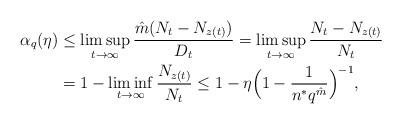
LaTeX: \begin{align*}\alpha_q(\eta) &\leq \limsup_{t\rightarrow\infty} \frac{\hat{m}(N_t - N_{z(t)})}{D_t}= \limsup_{t\rightarrow\infty} \frac{N_t - N_{z(t)}}{N_t}\\& = 1 -\liminf_{t\rightarrow\infty} \frac{N_{z(t)}}{N_t}\leq 1 - \eta\Big(1-\frac{1}{n^*q^{\hat{m}}}\Big)^{-1},\end{align*}